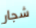
شجار